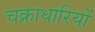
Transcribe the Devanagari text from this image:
चक्राधारियों